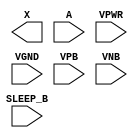
module sky130_fd_sc_hd__lpflow_inputiso1n (
    X      ,
    A      ,
    SLEEP_B,
    VPWR   ,
    VGND   ,
    VPB    ,
    VNB
);

    output X      ;
    input  A      ;
    input  SLEEP_B;
    input  VPWR   ;
    input  VGND   ;
    input  VPB    ;
    input  VNB    ;
endmodule